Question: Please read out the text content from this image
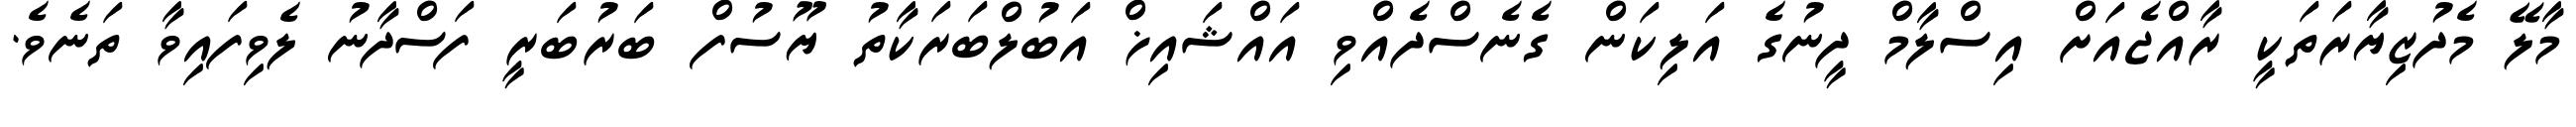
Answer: މާލޭ މެދުޒިޔާރަތަކީ ރާއްޖެއަށް އިސްލާމް ދީނުގެ އަލިކަން ގެނެސްދެއްވި އައްޝައިޚް އަބުލްބަރަކާތު ޔޫސުފް ބަރުބަރީ ފަސްދާނު ލެވިފައިވާ ތަނެވެ.